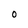
Character: 0